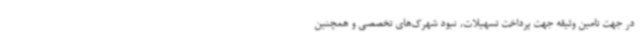
در جهت تامین وثیقه جهت پرداخت تسهیلات، نبود شهرک‌های تخصصی و همچنین